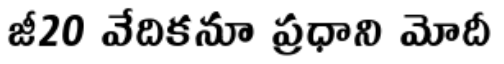
జీ20 వేదికనూ ప్రధాని మోదీ